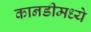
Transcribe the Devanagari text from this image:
कानडीमध्ये